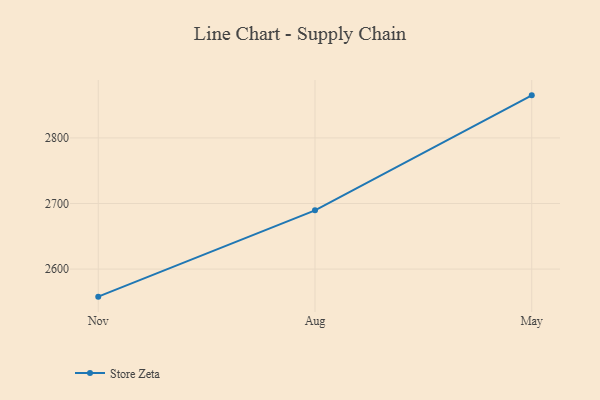
{"axis": {"x": "Month", "y": "Gross Profit (USD K)"}, "legend": ["Store Zeta"], "data": [{"x": "Nov", "y": 2558.0, "type": "Store Zeta"}, {"x": "Aug", "y": 2689.6, "type": "Store Zeta"}, {"x": "May", "y": 2864.9, "type": "Store Zeta"}]}